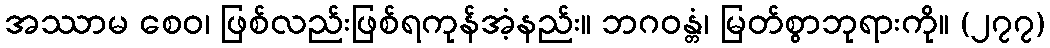
အဿာမ စေဝ၊ ဖြစ်လည်းဖြစ်ရကုန်အံ့နည်း။ ဘဂဝန္တံ၊ မြတ်စွာဘုရားကို။ (၂၇၇)